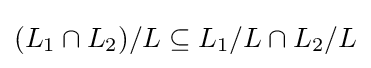
(L_{1}\cap L_{2})/L\subseteq L_{1}/L\cap L_{2}/L